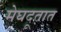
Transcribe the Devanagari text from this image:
मेघदूतात